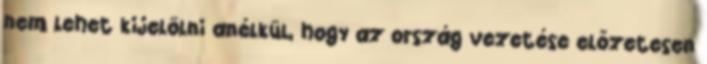
nem lehet kijelölni anélkül, hogy az ország vezetése előzetesen